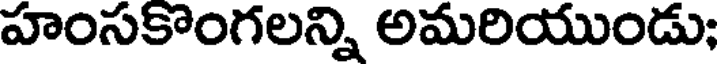
హంసకొంగలన్ని అమరియుండు;